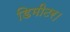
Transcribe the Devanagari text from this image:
डिमीटर।